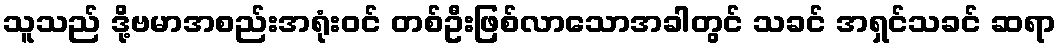
သူသည် ဒို့ဗမာအစည်းအရုံးဝင် တစ်ဦးဖြစ်လာသောအခါတွင် သခင် အရှင်သခင် ဆရာ